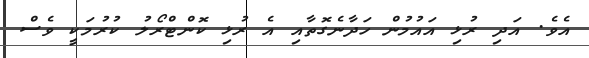
އެވެ. އަދި ރުޅި އައުމުން ހަދާނެގޮތާއި އެ ރުޅި ކޮންޓްރޯލު ކުރުމަކީ ވެސް